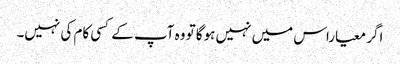
اگر معیاراس میں نہیں ہوگا تو وہ آپ کے کسی کام کی نہیں۔